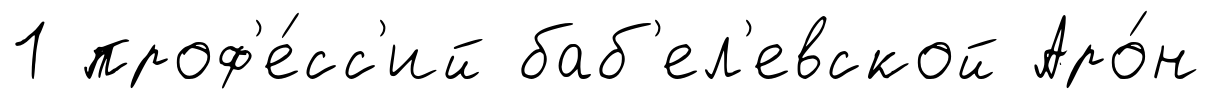
1 проф'е́сс'ий баб'ел'евской Аро́н